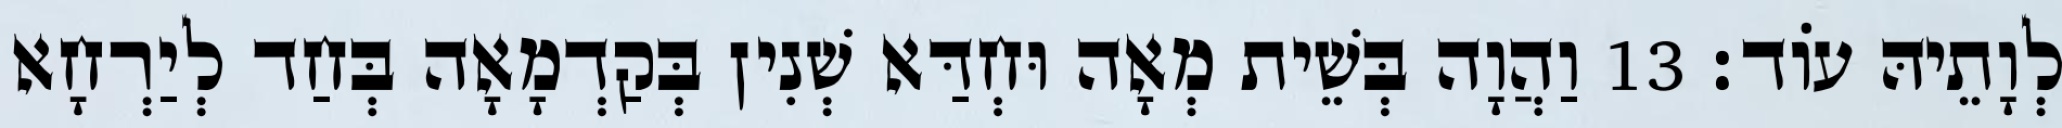
לְוָתֵיהּ עוֹד׃ 13 וַהֲוָה בְּשֵׁית מְאָה וּחְדַּא שְׁנִין בְּקַדְמָאָה בְּחַד לְיַרְחָא